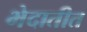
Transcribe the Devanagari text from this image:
भेदातीत